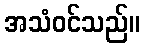
အသံဝင်သည်။